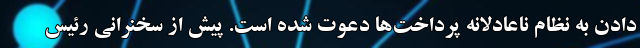
دادن به نظام ناعادلانه پرداخت‌ها دعوت شده است. پیش از سخنرانی رئیس